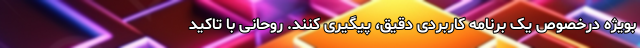
بویژه درخصوص یک برنامه کاربردی دقیق، پیگیری کنند. روحانی با تاکید